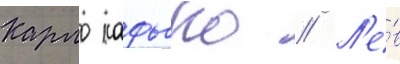
Карло кафьеро // Л'е́в